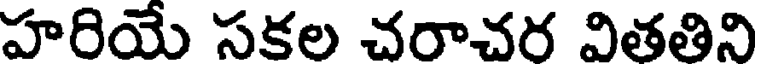
హరియే సకల చరాచర వితతిని